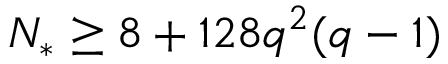
{ N _ { * } } \geq 8 + 1 2 8 q ^ { 2 } ( q - 1 )